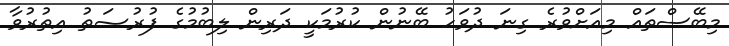
މިބޭސްތައް މިއަށްވުރެ ގިނަ ދުވަހު ބޭނުން ކުރުމަކީ ދަރިން ލިބުމުގެ ފުރުޞަތު އިތުރުވާ